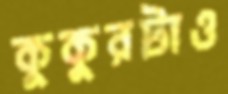
কুকুরটাও